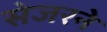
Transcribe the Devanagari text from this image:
सेजरने